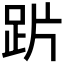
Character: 𲃙